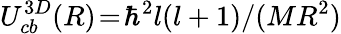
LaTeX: U_{cb}^{3D}(R)\! =\! \hbar^{2}l(l+1)/(MR^{2})